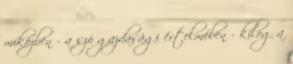
miközben - a szó gazdasági értelmében - kilóg a